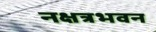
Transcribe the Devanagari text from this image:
नक्षत्रभवन